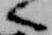
へ